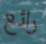
رائع